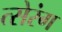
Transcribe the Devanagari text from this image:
त्सेरंग